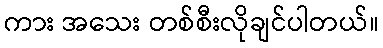
ကား အသေး တစ်စီးလိုချင်ပါတယ်။